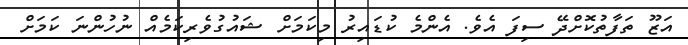
އަޒޫ ތަފާތުކޮށްދޭ ސިފަ އެވެ. އެންމެ ކުޑައިރު މިކަމަށް ޝައުގުވެރިކަމެއް ނުހުންނަ ކަމަށް